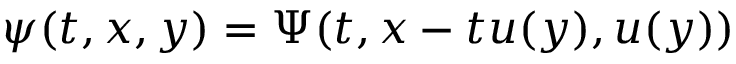
\psi ( t , x , y ) = \Psi ( t , x - t u ( y ) , u ( y ) )